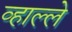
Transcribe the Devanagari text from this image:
व्हाल्ले